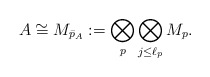
\begin{align*}A\cong M_{\bar p_A}:=\bigotimes_{p }\bigotimes_{j\leq \ell_p}M_p.\end{align*}